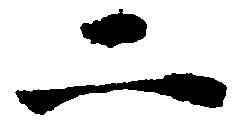
二